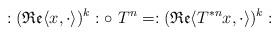
LaTeX: \begin{align*}:(\mathfrak{Re}\langle x,\cdot\rangle)^k:\circ\ T^n=:(\mathfrak{Re}\langle T^{*n}x,\cdot \rangle)^k:\end{align*}